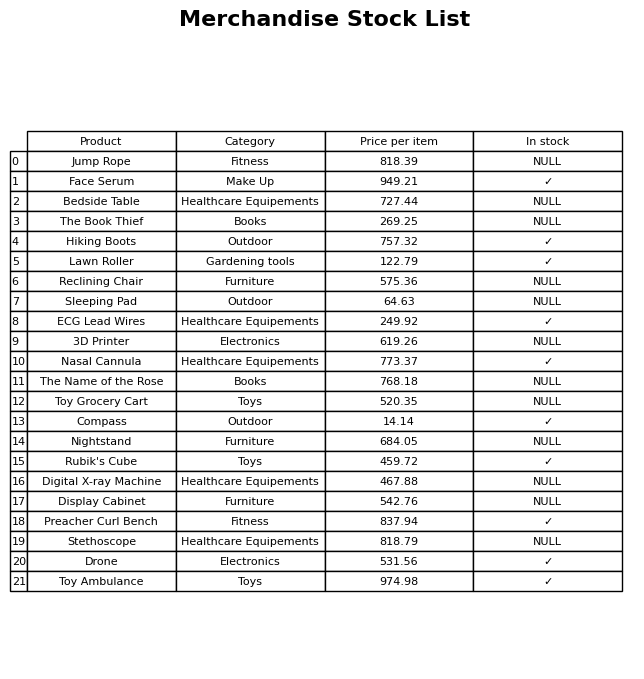
question: Which products are available in stock?
answer: Face Serum, Hiking Boots, Lawn Roller, ECG Lead Wires, Nasal Cannula, Compass, Rubik's Cube, Preacher Curl Bench, Drone, Toy Ambulance